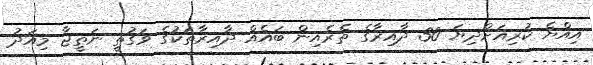
އިއްޔެ ކުރިއަށްދިޔަ 30 ދާއިރާގެ ތެރެއިން ބައެއް ދާއިރާތަކުގެ ވަގުތީ ނަތީޖާ މިއަދު